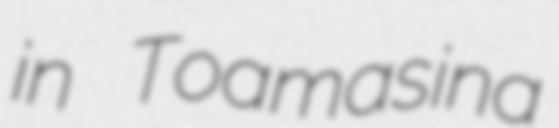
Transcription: in Toamasina